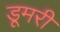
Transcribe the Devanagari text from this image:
डूमरी